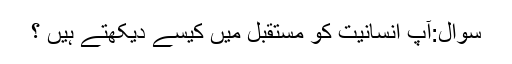
سوال:آپ انسانیت کو مستقبل میں کیسے دیکھتے ہیں ؟